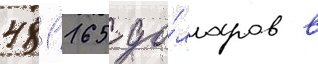
481 165 до́лларов в